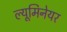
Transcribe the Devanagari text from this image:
ल्यूमिनेयर